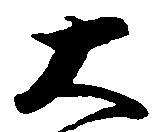
大